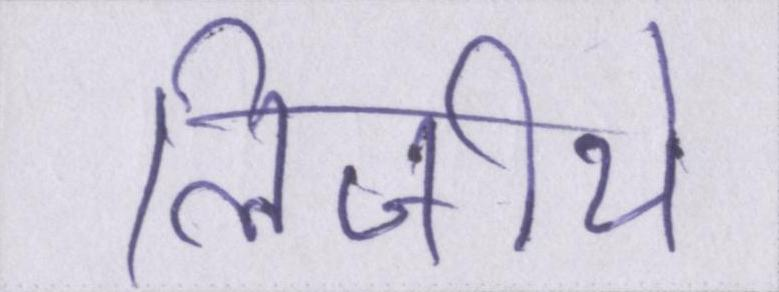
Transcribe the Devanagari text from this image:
लिजीये